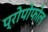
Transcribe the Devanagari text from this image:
प्रोपोफोल